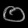
Digit: ၀